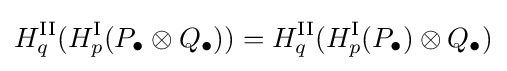
H_{q}^{\textrm {II}}(H_{p}^{\textrm {I}}(P_{\bullet }\otimes Q_{\bullet }))=H_{q}^{\textrm {II}}(H_{p}^{\textrm {I}}(P_{\bullet })\otimes Q_{\bullet })